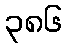
၃၈၆